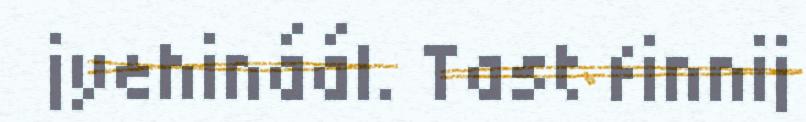
jyehináál. Tast finnij